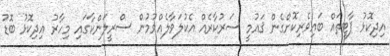
އިދިކޮޅު ޕާޓީތައް ބައިވެރިކޮށްގެން ޤައުމީ ސަރުކާރެއް އެކުލަވާލެއްވުމުން ސްރީލަންކާގައި މިހާރު އިދިކޮޅު ބޮޑު